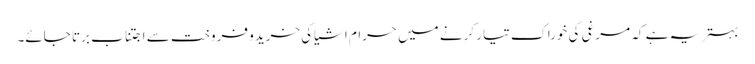
بہتر یہ ہے کہ مرغی کی خوراک تیار کرنے میں حرام اشیاکی خریدو فروخت سے اجتناب برتا جائے۔